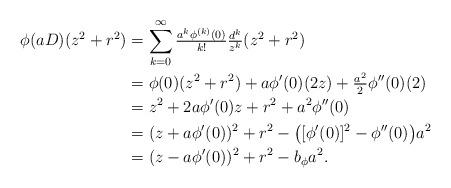
LaTeX: \begin{align*}\phi(aD)(z^2+r^2) & = \sum_{k=0}^{\infty} \tfrac{a^k \phi^{(k)}(0)}{k!} \tfrac{d^k}{z^k}(z^2+r^2) \\& = \phi(0)(z^2+r^2) + a \phi'(0)(2z)+\tfrac{a^2}{2}\phi''(0) (2) \\& = z^2 + 2a\phi'(0) z +r^2 + a^2\phi''(0) \\& = (z+a\phi'(0))^2 + r^2 - \big([\phi'(0)]^2-\phi''(0)\big)a^2 \\& = (z-a\phi'(0))^2 + r^2-b_{\phi} a^2.\end{align*}